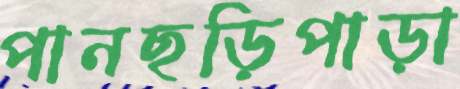
পানছড়িপাড়া